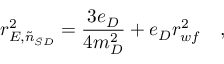
r _ { E , \tilde { n } _ { \bar { S } D } } ^ { 2 } = { \frac { 3 e _ { D } } { 4 m _ { D } ^ { 2 } } } + e _ { D } r _ { w f } ^ { 2 } ~ ~ ~ ,